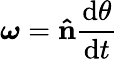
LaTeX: {\boldsymbol{\omega}}=\mathbf{\hat{n}}{\frac{\mathrm{{d}}\theta}{\mathrm{{d}}t}}